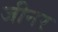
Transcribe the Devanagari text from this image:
जीनर